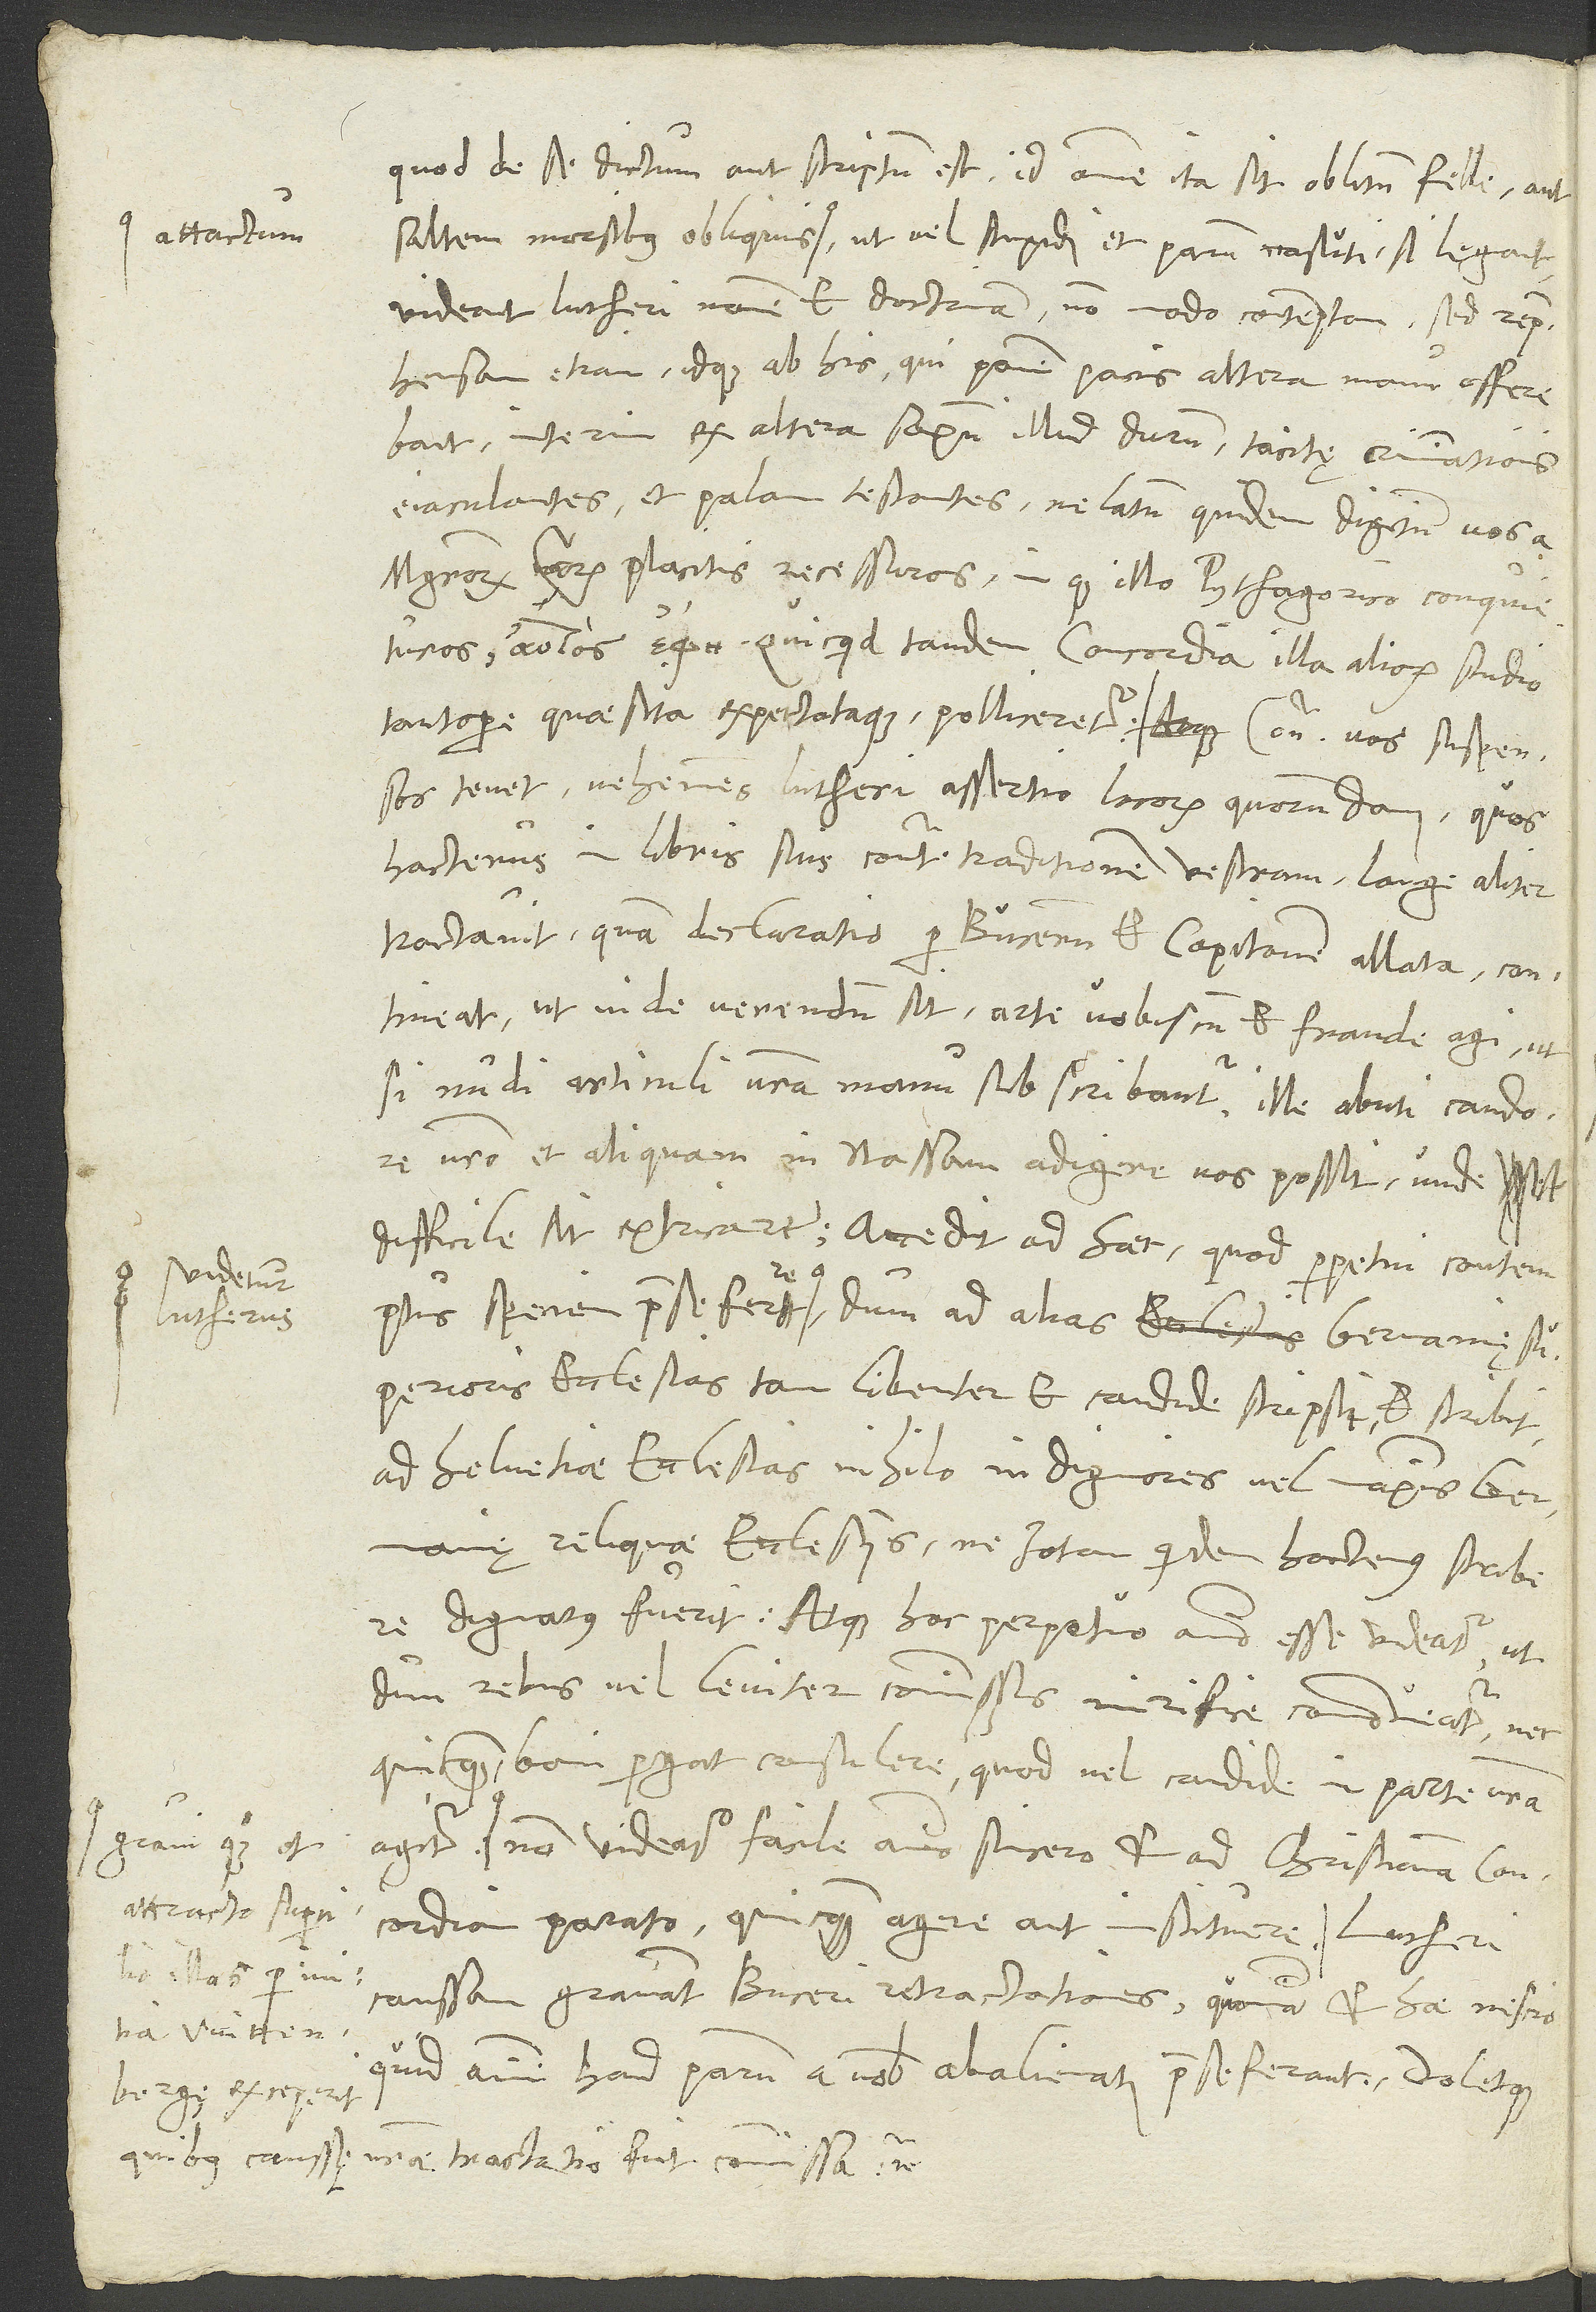
quod de se dictum aut scriptum est, id omne ita sit oblitum felle aut
saltem morsibus obliquis attactum ut vel, stupidi et parum nasuti, si legant,
videant Lutheri nomen et doctrinam non modo contemptam, sed reprehensam
etiam, idque ab his, qui panem pacis altera manu offerebant
interim ex altera saxum illud durum tacitę criminationis
eiaculantes et palam testantes ne latum quidem digitum vos a
S.
magistrorum vestrorum placitis recessuros inque Pythagorico conquieturos
quicquid tandem concordia illa aliorum studio
tantopere quaesita expectataque polliceretur. Contra vos suspensos
tenet vehemens Lutheri assertio locorum quorundam, quos
hactenus in libris suis contra traditionem vestram longe aliter
tractavit, quam declaratio per Bucerum et Capitonem allata contineat,
ut inde verendum sit arte vobiscum et fraude agi, ut,
si nudi articuli vestra manu subscribantur ille abuti candore,
vestro et aliquam in nassam adigere vos possit, unde difficile
Superioris ecclesias tam libenter et candide scripsit et scribit,
ad Helvetiae ecclesias, nihilo indigniores vel maximis Germanię
reliquae ecclesiis, ne iotam quidem hactenus scribere
dignatus fuerit atque hoc perpetuo animo esse videatur, ut,
dum rebus vel leviter commissis mirifice commoveatur nec
quicquam boni pergat consulere, quod vel candide in parte vestra
gravi quoque et
non videatur facile animo sincero et ad christianam concordiam
parato quicquam agere aut instituere.
caussam gravant Buceri Retractationes, quoniam et hae nescio
quid animi haud parum a vobis abalienati prae se ferant, doletque
exceperit,
quibus caussę vestrae tractatio fuit commissa etc.,